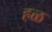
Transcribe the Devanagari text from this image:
हळ